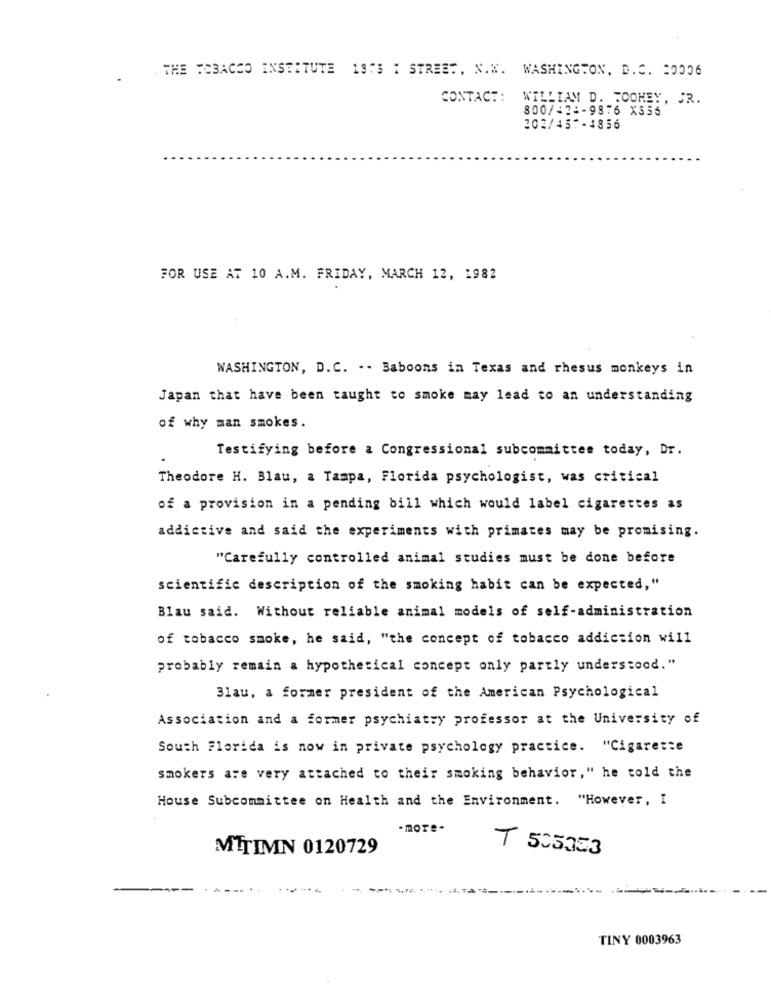
THE TOBACCO INSTITUTE 1975 : STREET, X.X. WASHINGTON, D. C. = 0006
CONTACT:
WILLIAM D. TOOHEY, JR.
800/42 :- 9876 X555
202/457-4856
FOR USE AT 10 A.M. FRIDAY, MARCH 12, 1982
WASHINGTON, D.C. .. Baboons in Texas and rhesus monkeys in
Japan that have been taught to smoke may lead to an understanding
of why man smokes.
Testifying before a Congressional subcommittee today, Dr.
Theodore H. Blau, a Tampa, Florida psychologist, was critical
of a provision in a pending bill which would label cigarettes as
addictive and said the experiments with primates may be promising.
"Carefully controlled animal studies must be done before
scientific description of the smoking habit can be expected,"
Blau said. Without reliable animal models of self-administration
of tobacco smoke, he said, "the concept of tobacco addiction will
probably remain a hypothetical concept only partly understood."
Blau, a former president of the American Psychological
Association and a former psychiatry professor at the University of
South Florida is now in private psychology practice. "Cigarette
smokers are very attached to their smoking behavior," he told the
House Subcommittee on Health and the Environment. "However, I
- more-
MITIMN 0120729
7 505353
TINY 0003963